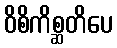
ဝိစိကိစ္ဆတိပေ